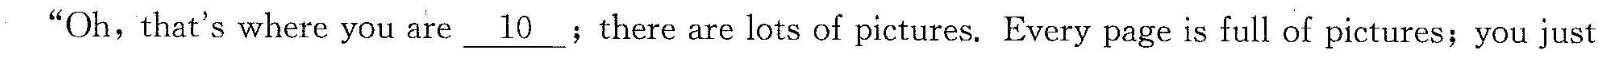
“Oh, that's where you are \underline{10};there are lots of pictures.Every page is full of pictures; you just